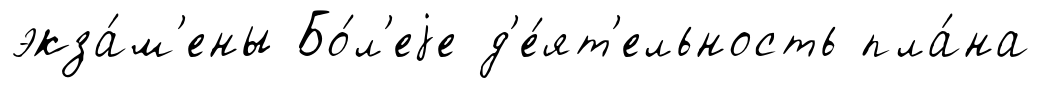
экза́м'ены Бо́л'еjе д'е́ят'ельность пла́на